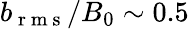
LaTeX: b_{\mathrm{~r~m~s~}}/B_{0}\sim 0.5